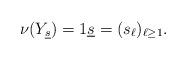
LaTeX: \begin{align*}\nu(Y_{\underline{s}})=1\underline{s}=(s_\ell)_{\ell\geq1}.\end{align*}